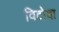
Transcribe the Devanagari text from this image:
विठाेबा